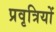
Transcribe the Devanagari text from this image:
प्रवृत्रियों